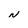
Character: N